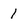
Character: 1